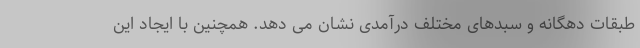
طبقات دهگانه و سبدهای مختلف درآمدی نشان می دهد. همچنین با ایجاد این